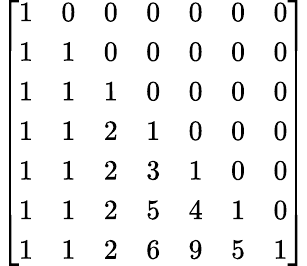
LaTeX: \left[\begin{array}{lllllll}{1}&{0}&{0}&{0}&{0}&{0}&{0}\\ {1}&{1}&{0}&{0}&{0}&{0}&{0}\\ {1}&{1}&{1}&{0}&{0}&{0}&{0}\\ {1}&{1}&{2}&{1}&{0}&{0}&{0}\\ {1}&{1}&{2}&{3}&{1}&{0}&{0}\\ {1}&{1}&{2}&{5}&{4}&{1}&{0}\\ {1}&{1}&{2}&{6}&{9}&{5}&{1}\end{array}\right]